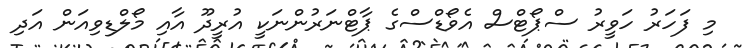
މި ފަހަރު ހަވީރު ސްޕޯޓްސް އެވޯޑްސްގެ ޕާޓްނަރުންނަކީ އުރީދޫ އާއި މޯލްޑިވިއަން އަދި